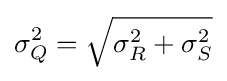
\sigma _{Q}^{2}={\sqrt {\sigma _{R}^{2}+\sigma _{S}^{2}}}